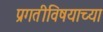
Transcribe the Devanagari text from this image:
प्रगतीविषयाच्या